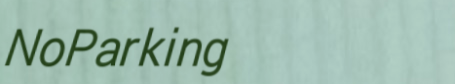
NoParking